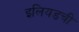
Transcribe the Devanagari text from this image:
इलियडची